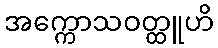
အက္ကောသဝတ္ထူဟိ